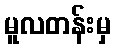
မူလတန်းမှ